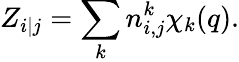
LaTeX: Z_{i|j}=\sum_{k}n_{i,j}^{k}\chi_{k}(q).